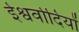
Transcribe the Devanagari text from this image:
ईश्वर्वादियों